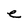
Character: e